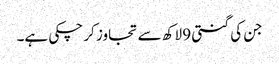
جن کی گنتی 9 لاکھ سے تجاوز کر چکی ہے۔